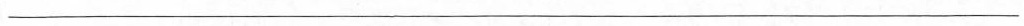
___